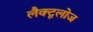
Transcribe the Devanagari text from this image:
लैक्टूलोज